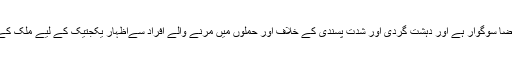
پیرس میں دہشت گردی کے ان واقعات کے باعث فرانس کی فضا سوگوار ہے اور دہشت گردی اور شدت پسندی کے خلاف اور حملوں میں مرنے والے افراد سےاظہارِ یکجتیک کے لیے ملک کے مختلف شہروں میں روزانہ کی بنیاد پر مظاہرے ہورہے ہیں۔